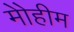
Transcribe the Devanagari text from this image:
मोेहीम